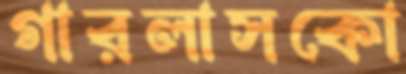
গারলাসকো